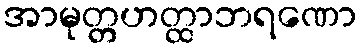
အာမုတ္တဟတ္ထာဘရဏော